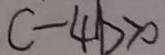
c - 4 b > 0